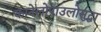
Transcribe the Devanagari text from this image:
कानेलोपाउलोसुद्धा